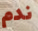
ندم